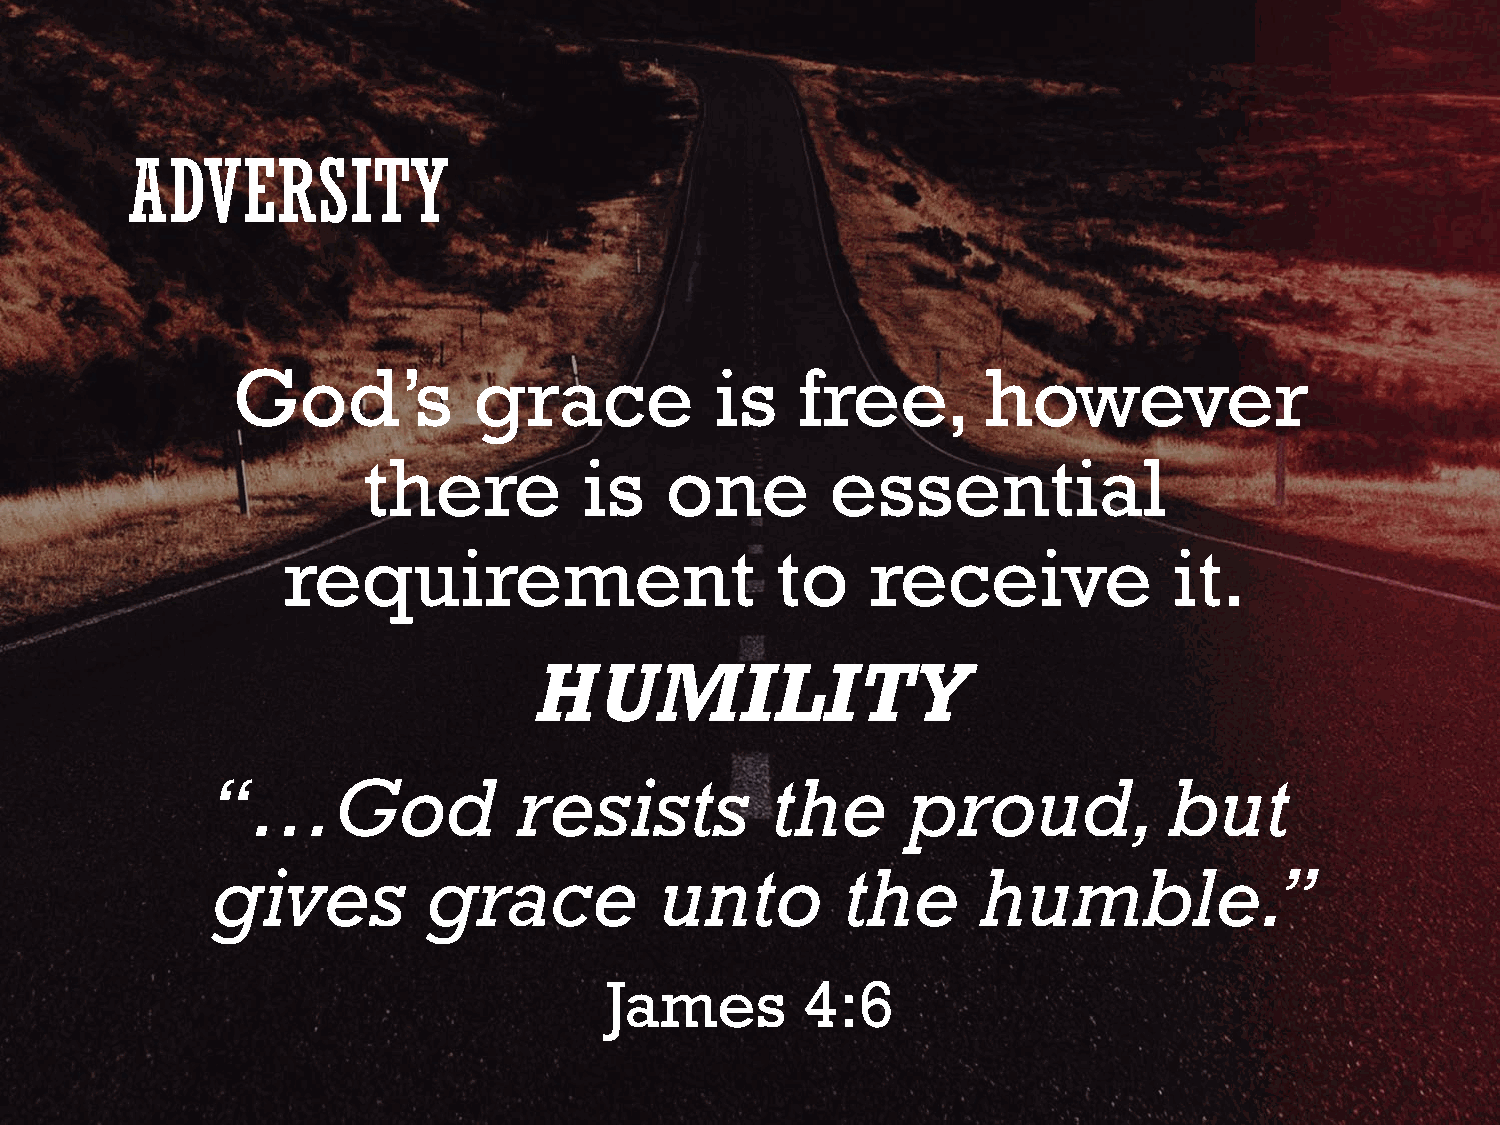
ADVERSITY
 God’s           grace           is    free,       however
 there          is   one        essential
 requirement                     to     receive             it.
 HUMILITY
 “…God               resists          the      proud,           but
 gives         grace           unto        the      humble.”
 James        4:6